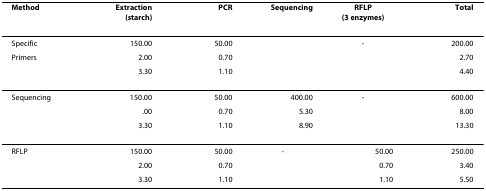
<table><thead><tr><td><b>Method</b></td><td><b>Extraction(starch)</b></td><td><b>PCR</b></td><td><b>Sequencing</b></td><td><b>RFLP(3 enzymes)</b></td><td><b>Total</b></td></tr></thead><tbody><tr><td>Specific</td><td>150.00</td><td>50.00</td><td></td><td>-</td><td>200.00</td></tr><tr><td>Primers</td><td>2.00</td><td>0.70</td><td></td><td></td><td>2.70</td></tr><tr><td></td><td>3.30</td><td>1.10</td><td></td><td></td><td>4.40</td></tr><tr><td>Sequencing</td><td>150.00</td><td>50.00</td><td>400.00</td><td>-</td><td>600.00</td></tr><tr><td></td><td>.00</td><td>0.70</td><td>5.30</td><td></td><td>8.00</td></tr><tr><td></td><td>3.30</td><td>1.10</td><td>8.90</td><td></td><td>13.30</td></tr><tr><td>RFLP</td><td>150.00</td><td>50.00</td><td>-</td><td>50.00</td><td>250.00</td></tr><tr><td></td><td>2.00</td><td>0.70</td><td></td><td>0.70</td><td>3.40</td></tr><tr><td></td><td>3.30</td><td>1.10</td><td></td><td>1.10</td><td>5.50</td></tr></tbody></table>